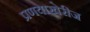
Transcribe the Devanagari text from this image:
प्रणयाखेरीज